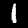
Digit: 1